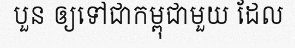
បួន ឲ្យទៅជាកម្ពុជាមួយ ដែល